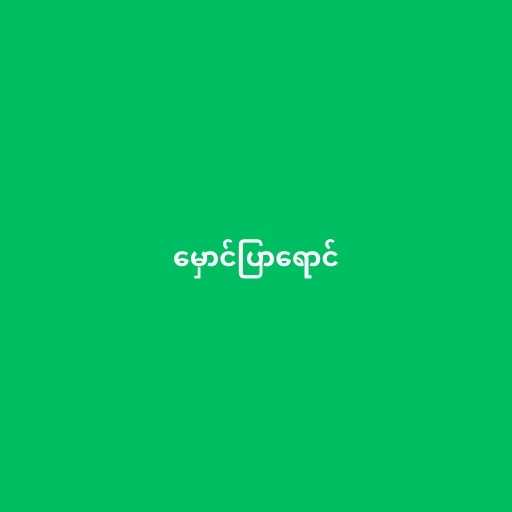
မှောင်ပြာရောင်